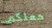
جعلكم